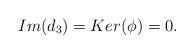
LaTeX: \begin{align*}Im(d_3) = Ker(\phi) = 0.\end{align*}